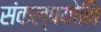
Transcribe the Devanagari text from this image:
संकल्पयोनि